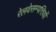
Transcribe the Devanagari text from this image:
रेलवेसम्पत्तियों